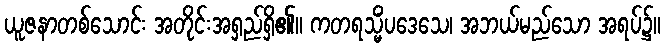
ယူဇနာတစ်သောင်း အတိုင်းအရှည်ရှိ၏။ ကတရသ္မိံပဒေသေ၊ အဘယ်မည်သော အရပ်၌။